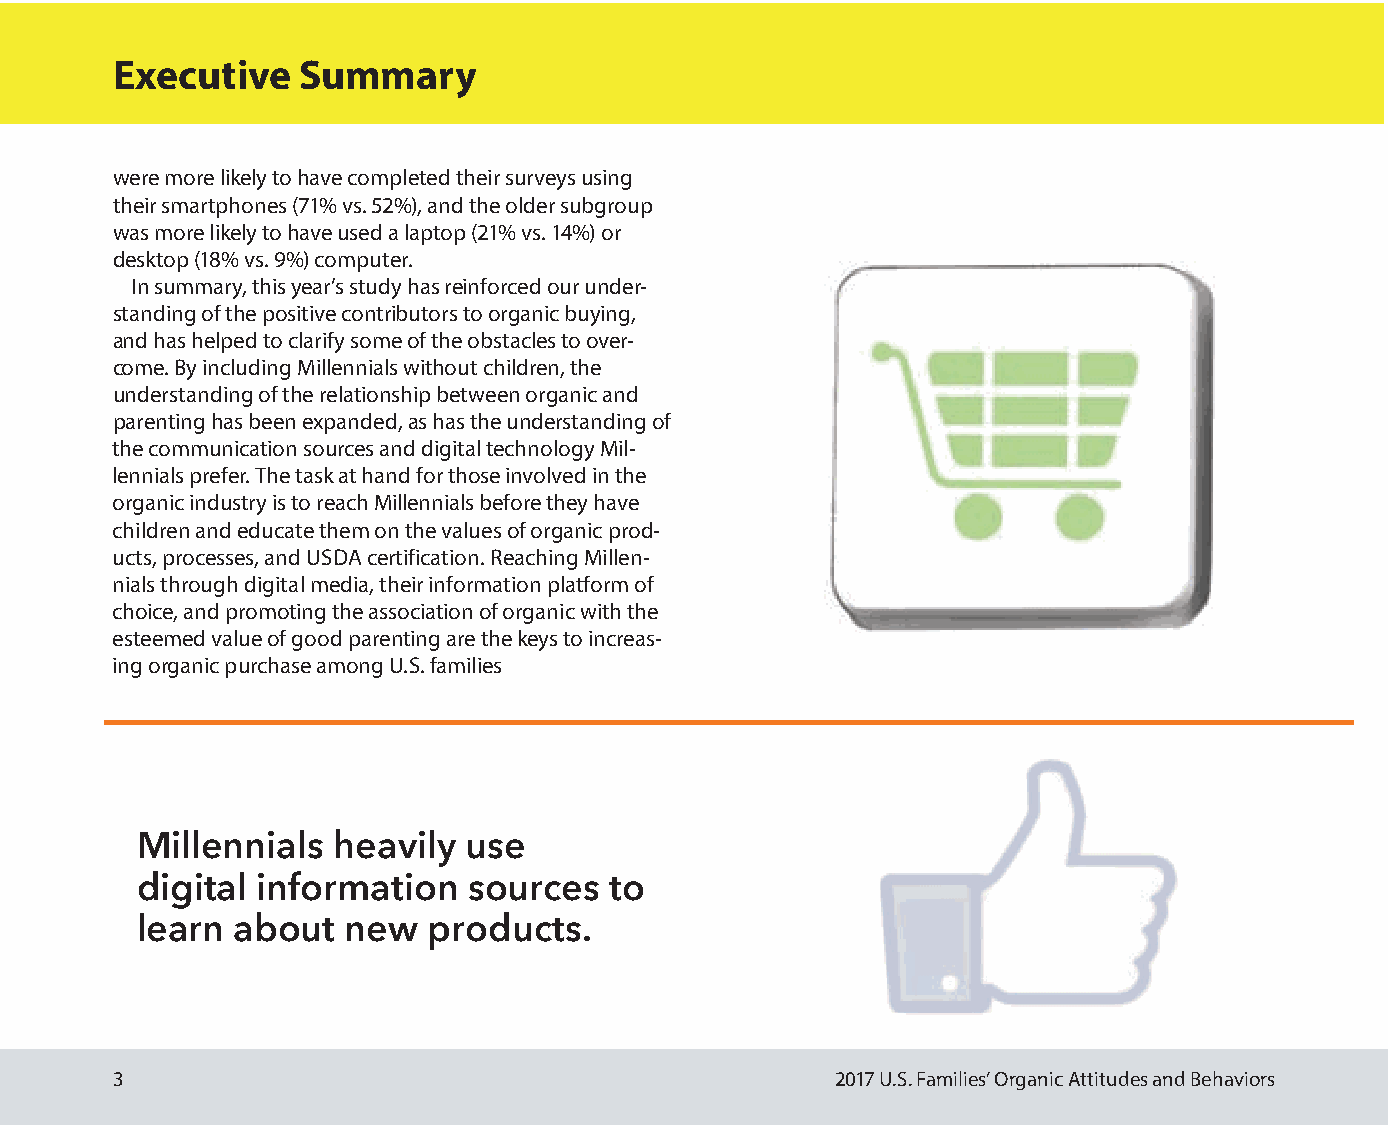
Executive    Summary
 were more likely to have completed their surveys using
 their smartphones (71% vs. 52%), and the older subgroup
 was more likely to have used a laptop (21% vs. 14%) or
 desktop (18% vs. 9%) computer.
 In summary, this year’s study has reinforced our under-
 standing of the positive contributors to organic buying,
 and has helped to clarify some of the obstacles to over-
 come. By including Millennials without children, the
 understanding of the relationship between organic and
 parenting has been expanded, as has the understanding of
 the communication sources and digital technology Mil-
 lennials prefer. The task at hand for those involved in the
 organic industry is to reach Millennials before they have
 children and educate them on the values of organic prod-
 ucts, processes, and USDA certification. Reaching Millen-
 nials through digital media, their information platform of
 choice, and promoting the association of organic with the
 esteemed value of good parenting are the keys to increas-
 ing organic purchase among U.S. families
 Millennials  heavily  use
 digital information   sources  to
 learn about   new  products.
 3                                               2017 U.S. Families’ Organic Attitudes and Behaviors